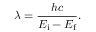
\lambda = { \frac { h c } { E _ { \mathrm { i } } - E _ { \mathrm { f } } } } .